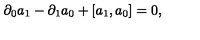
\partial _ { 0 } a _ { 1 } - \partial _ { 1 } a _ { 0 } + [ a _ { 1 } , a _ { 0 } ] = 0 ,